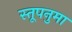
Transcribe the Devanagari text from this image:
स्तूपनुमा